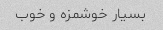
بسیار خوشمزه و خوب